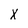
Character: x